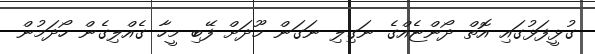
ގުޅީފަޅުގައި އޮތް ދޯންޏެއްގެ ނަގިލި ނަގަން މޫދަށް ފޭބި މީހާ ގެއްލިގެން ހޯދަމުން